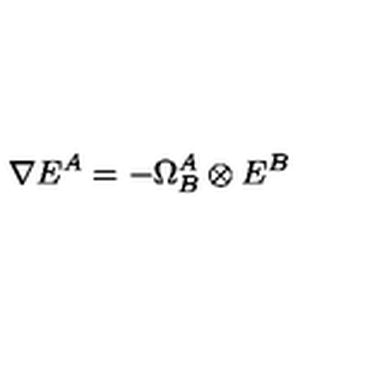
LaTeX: \nabla E ^ { A } = - \Omega _ { B } ^ { A } \otimes E ^ { B }